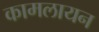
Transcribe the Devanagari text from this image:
कामलायन